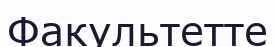
Факультетте